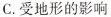
C.受地形的影响